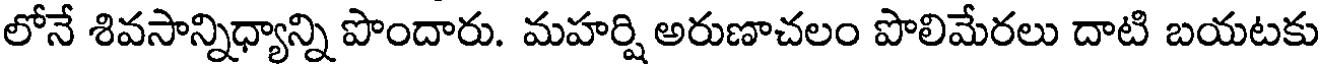
లోనే శివసాన్నిధ్యాన్ని పొందారు. మహర్షి అరుణాచలం పొలిమేరలు దాటి బయటకు